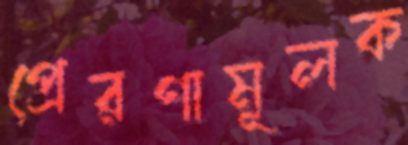
প্রেরণামূলক